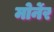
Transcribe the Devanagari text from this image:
मोर्नेर